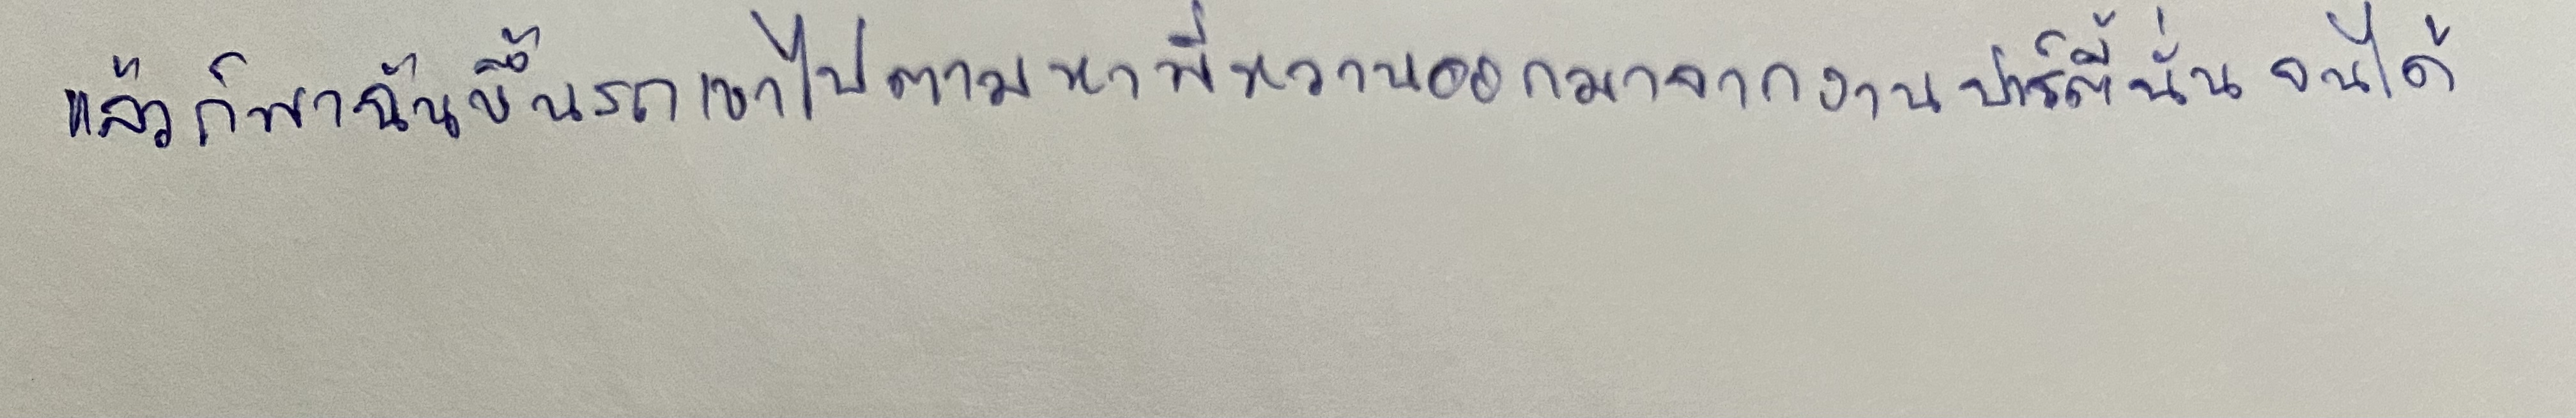
แล้วก็พาฉันขึ้นรถเขาไปตามหาพี่หวานออกมาจากงานปาร์ตี้นั่นจนได้"